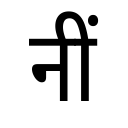
OCR:
नीं